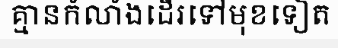
គ្មានកំលាំងដើរទៅមុខទៀត